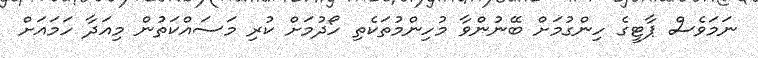
ނަމަވެސް ޕާޓީގެ ހިންގުމަށް ބޭނުންވާ މުހިންމުތަކެތި ހޯދުމަށް ކުރި މަސައްކަތުން މިއަދާ ހަމައަށް